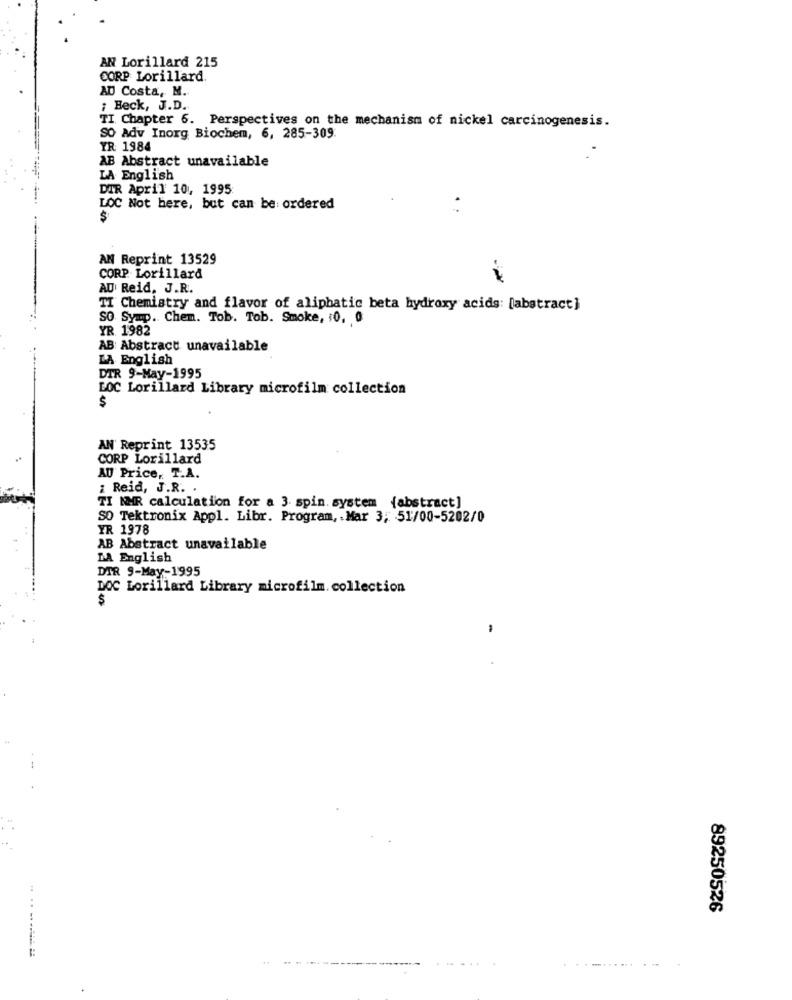
AN Lorillard 215
CORP Lorillard.
AD Costa, M.
; Beck, J.D.
TI Chapter 6. Perspectives on the mechanism of nickel carcinogenesis.
SO Adv Inorg Biochem, 6, 285-309:
YR: 1984
AB Abstract unavailable
LA English
DIR April 104, 1995
LOC Not here, but can be: ordered
AN Reprint 13529
CORP Lorillard
AU Reid, J.R.
TI Chemistry and flavor of aliphatic beta hydroxy acids: [abstract]
SO Symp. Chem. Tob. Tob. Smoke, : 0, 0
YR. 1982
AB Abstract unavailable
LA English
DTR 9-May-1995
LOC Lorillard Library microfilm collection
$
AN Reprint 13535
CORP Lorillard
AU Price, T.A.
1 Reid, J.R. .
TI NMR calculation for a 3. spin. system (abstract]
SO Tektronix Appl. Libr. Program, . Mar 3; 51/00-5202/0
YR 1978
AB Abstract unavailable
MA English
DIR 9-May-1995
DOC Lorillard Library microfilm. collection
-
89250526
..-......-